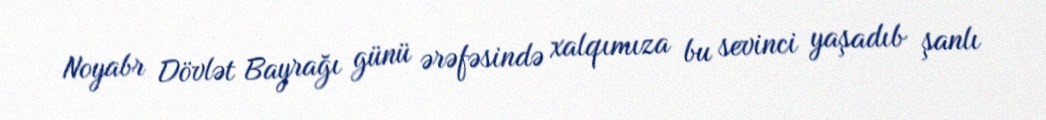
Noyabr Dövlət Bayrağı günü ərəfəsində xalqımıza bu sevinci yaşadıb şanlı